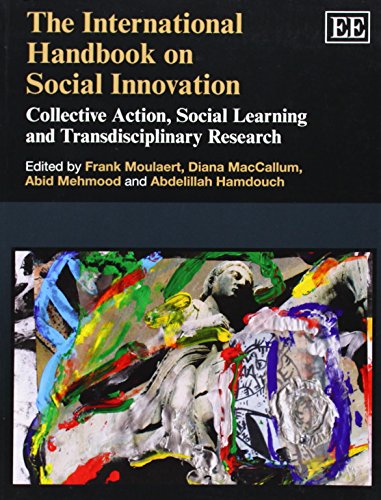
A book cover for The International Handbook on Social Innovation: Collective Action, Social Learning and Transdisciplinary Research (Elgar Original Reference); Frank Moulaert; Politics & Social Sciences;